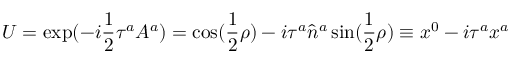
U = \exp ( - i { \frac { 1 } { 2 } } \tau ^ { a } A ^ { a } ) = \cos ( { \frac { 1 } { 2 } } \rho ) - i \tau ^ { a } \hat { n } ^ { a } \sin ( { \frac { 1 } { 2 } } \rho ) \equiv x ^ { 0 } - i \tau ^ { a } x ^ { a }